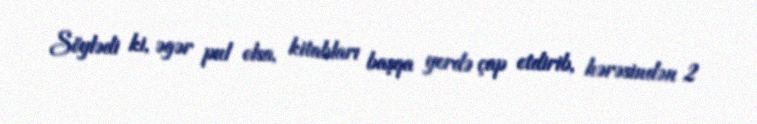
Söylədi ki, əgər pul olsa, kitabları başqa yerdə çap etdirib, hərəsindən 2